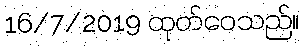
16/7/2019 ထုတ်ဝေသည်။